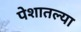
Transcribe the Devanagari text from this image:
पेशातल्या